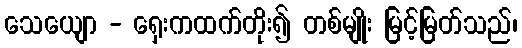
သေယျော - ရှေးကထက်တိုး၍ တစ်မျိုး မြင့်မြတ်သည်၊